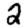
Digit: 2